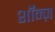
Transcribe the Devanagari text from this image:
शॉन्ज़